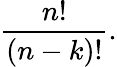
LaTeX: {\frac{n!}{(n-k)!}}.